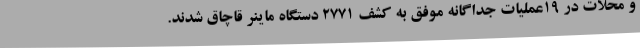
و محلات در 19عملیات جداگانه موفق به کشف 2771 دستگاه ماینر قاچاق شدند.